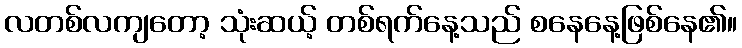
လတစ်လကျတော့ သုံးဆယ့် တစ်ရက်နေ့သည် စနေနေ့ဖြစ်နေ၏။